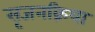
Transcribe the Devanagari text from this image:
सृजनक्रिया